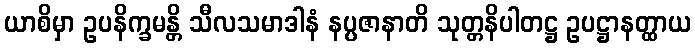
ယာစိမှာ ဥပနိက္ခမန္တိ သီလသမာဒါနံ နပ္ပဇာနာတိ သုတ္တနိပါတဋ္ဌ ဥပဋ္ဌာနတ္ထာယ